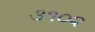
૩૧૦૨